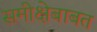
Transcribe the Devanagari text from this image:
समीक्षेबाबत